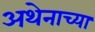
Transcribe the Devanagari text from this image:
अथेनाच्या